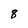
Character: 8